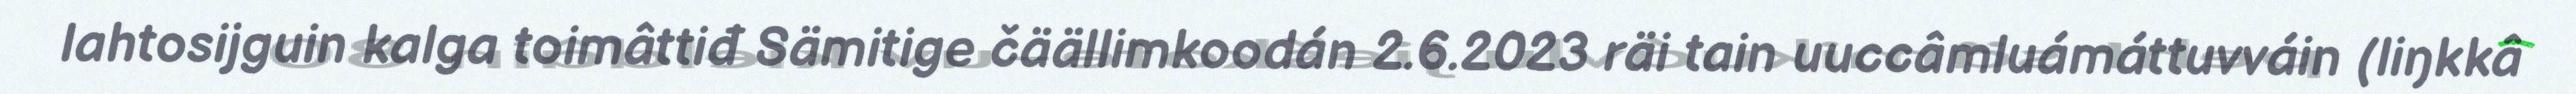
lahtosijguin kalga toimâttiđ Sämitige čäällimkoodán 2.6.2023 räi tain uuccâmluámáttuvváin (liŋkkâ